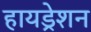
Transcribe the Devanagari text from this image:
हायड्रेशन